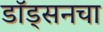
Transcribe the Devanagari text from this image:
डॉड्सनचा